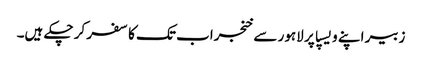
زبیر اپنے ویسپا پر لاہور سے خنجراب تک کا سفر کر چکے ہیں۔